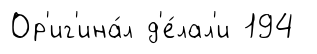
Ор'иг'ина́л д'е́лал'и 194